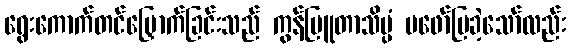
ရွေးကောက်တင်မြှောက်ခြင်းသည် ကွန်ပြူတာသိပ္ပံ မဖော်ပြခဲ့သော်လည်း